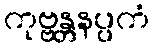
ကုဗ္ဗန္တနပ္ပကံ